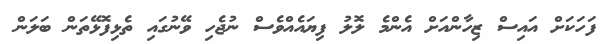
ފަހަކަށް އައިސް ޒިހާންއަށް އެންމެ ލޮލު ފިޔައެއްވެސް ނުޖެހި ވޭނުގައި ތެޅިފޮޅޭތަން ބަލަން